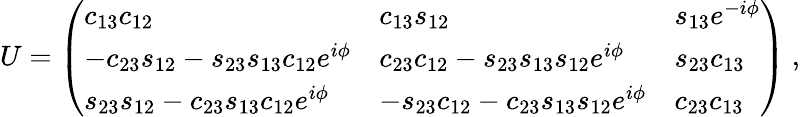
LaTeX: U=\left(\begin{array}{lll}{{c_{13}c_{12}}}&{{c_{13}s_{12}}}&{{s_{13}e^{-i\phi}}}\\ {{-c_{23}s_{12}-s_{23}s_{13}c_{12}e^{i\phi}}}&{{c_{23}c_{12}-s_{23}s_{13}s_{12}e^{i\phi}}}&{{s_{23}c_{13}}}\\ {{s_{23}s_{12}-c_{23}s_{13}c_{12}e^{i\phi}}}&{{-s_{23}c_{12}-c_{23}s_{13}s_{12}e^{i\phi}}}&{{c_{23}c_{13}}}\end{array}\right)\ ,